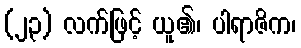
(၂၃) လက်ဖြင့် ယူ၏၊ ပါရာဇိက၊